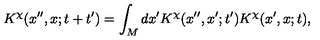
K ^ { \chi } ( x ^ { \prime \prime } , x ; t + t ^ { \prime } ) = \int _ { M } d x ^ { \prime } K ^ { \chi } ( x ^ { \prime \prime } , x ^ { \prime } ; t ^ { \prime } ) K ^ { \chi } ( x ^ { \prime } , x ; t ) ,